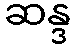
ဆန္ဒ